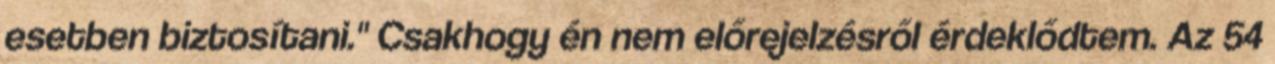
esetben biztosítani." Csakhogy én nem előrejelzésről érdeklődtem. Az 54